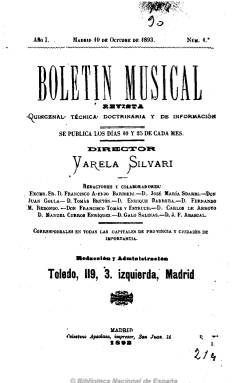
Título: Boletín musical (Madrid)
Colección: Música
Ámbito geográfico: Madrid
Lugar de publicación: Madrid
Fechas: 10/10/1893-27/08/1918

Al poco de salir cambió su título por el de Boletín musical y de artes plásticas. Subtitulado como “revista quincenal técnica, doctrinaria y de información”, salía los días 10 y 25 de cada mes y fue editada y dirigida por José María Varela Silvari. Contiene artículos doctrinales, técnicos y sobre composición musical, así como crónicas e informaciones sobre compositores, músicos, artistas, teatros, educación musical, profesorado, biografías y crítica. Incluye también composiciones poéticas y tuvo secciones bajo los epígrafes de “Miscelánea”, “Sección amena” y “Noticias”, con breves sobre la actualidad musical. Su redactor jefe fue Ramiro de Adalgisa, y entre sus redactores y colaboradores se encuentran Francisco Asenjo Barbieri, José Andréu Figuerola, Carlos de Arroyo, Ramón Bonet, Gerardo Doval, Manuel Fernández Caballero, Javier Gaztambide, José María Sbarbi y Tomás Bretón. Disponía de corresponsales en capitales de provincia y otras importantes ciudades. Incluye también grabados de retratos de personajes, así como publicidad. Tuvo dos épocas. La primera llegó hasta 1899 y la segunda la inició en 1917, bajo el subtítulo de “revista española, técnica, doctrinal, de información”, variando muy poco sus contenidos. Editó al menos 134 números, en cuadernos de 16 páginas, con numeración correlativa.